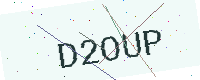
Text: D2OUP